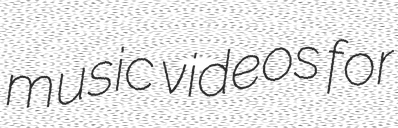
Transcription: music videos for